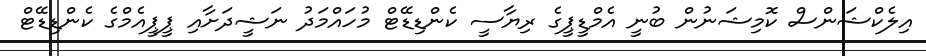
އިލެކްޝަންސް ކޮމިޝަނުން ބުނީ އެމްޑީޕީގެ ރިޔާސީ ކެންޑިޑޭޓް މުހައްމަދު ނަޝީދަށާއި ޕީޕީއެމްގެ ކެންޑިޑޭޓް